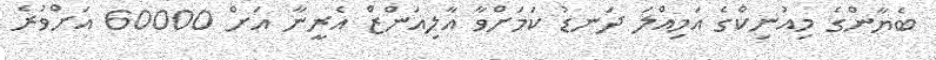
ބެޔާންގެ މިއުނިކްގެ އަމިއްލަ ދަނޑު ކަމަށްވާ އާލިއަންޒް އެރީނާ އަށް 60000 އަށްވުރެ